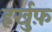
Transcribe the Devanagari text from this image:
हर्खुफ़